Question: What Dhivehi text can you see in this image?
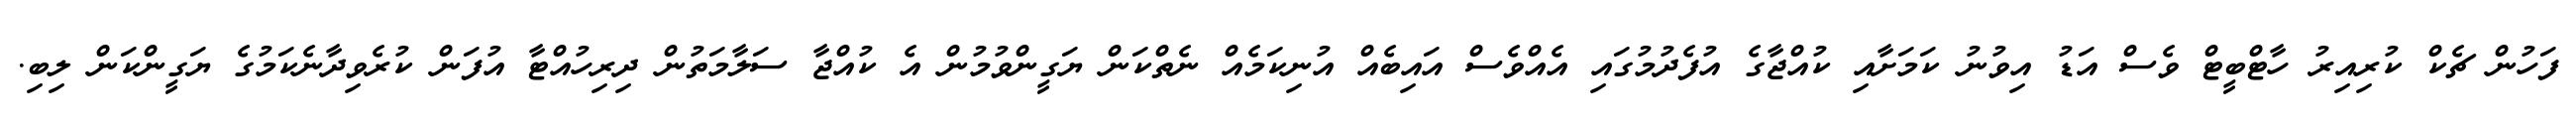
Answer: ފަހުން ޗެކް ކުރިއިރު ހާޓްބީޓް ވެސް އަޑު އިވުނު ކަމަށާއި ކުއްޖާގެ އުފެދުމުގައި އެއްވެސް އައިބެއް އުނިކަމެއް ނެތްކަން ޔަގީންވުމުން އެ ކުއްޖާ ސަލާމަތުން ދިރިހުއްޓާ އުފަން ކުރެވިދާނެކަމުގެ ޔަގީންކަން ލިބި.